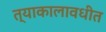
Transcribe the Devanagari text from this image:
त्याकालावधीत